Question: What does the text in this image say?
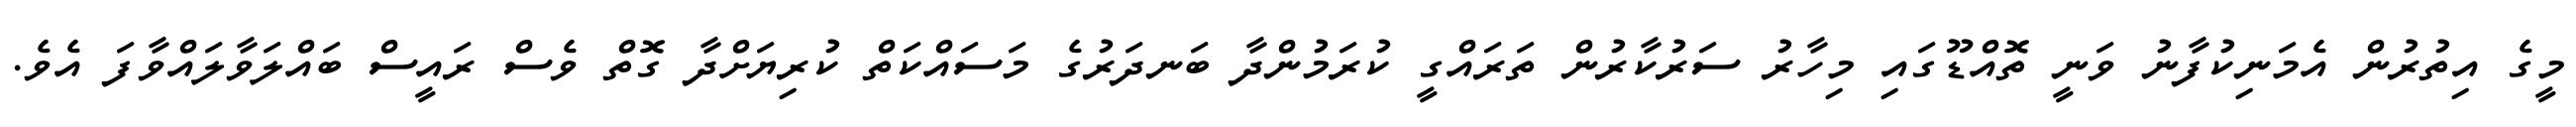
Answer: މީގެ އިތުރުން އެމަނިކުފާނު ވަނީ ތޮއްޑޫގައި މިހާރު ސަރުކާރުން ތަރައްގީ ކުރަމުންދާ ބަނދަރުގެ މަސައްކަތް ކުރިޔަށްދާ ގޮތް ވެސް ރައީސް ބައްލަވާލައްވާފަ އެވެ.